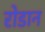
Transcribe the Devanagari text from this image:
रोडान